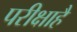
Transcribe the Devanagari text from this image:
परीक्षाहै